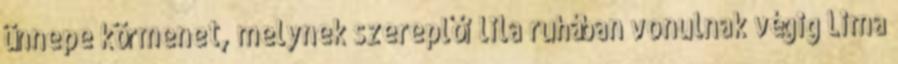
ünnepe körmenet, melynek szereplői lila ruhában vonulnak végig Lima